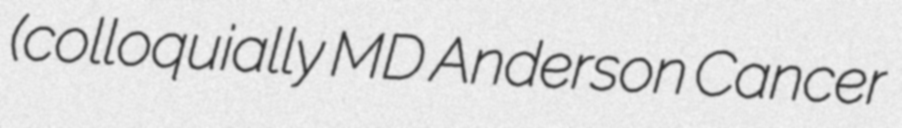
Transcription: (colloquially MD Anderson Cancer